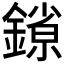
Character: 𰽄